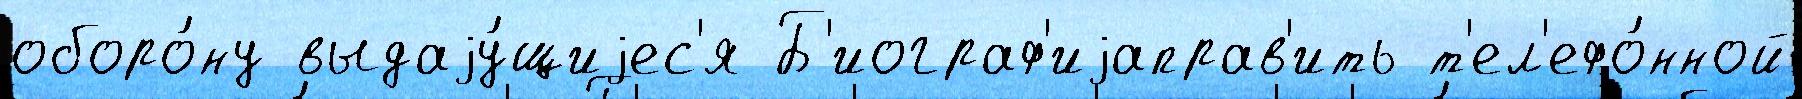
оборо́ну выдаjу́щиjес'я Б'иограф'иjаправ'ить т'ел'ефо́нной